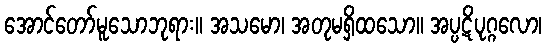
အောင်တော်မူသောဘုရား။ အသမော၊ အတုမရှိထသော။ အပ္ပဋိပုဂ္ဂလော၊